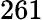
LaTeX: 261